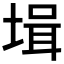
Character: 𡎎